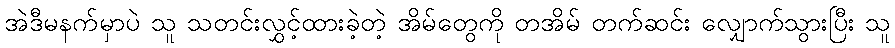
အဲဒီမနက်မှာပဲ သူ သတင်းလွှင့်ထားခဲ့တဲ့ အိမ်တွေကို တအိမ် တက်ဆင်း လျှောက်သွားပြီး သူ